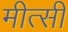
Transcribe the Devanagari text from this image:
मीत्सी